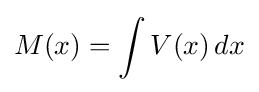
M(x)=\int V(x)\,dx